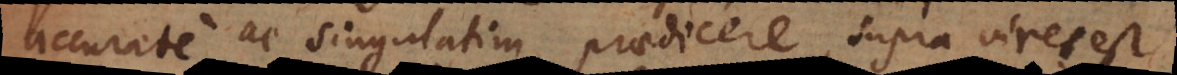
accurate ac singulatim praedicere, supra vires est